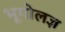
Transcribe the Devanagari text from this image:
भूगोलज्ञ